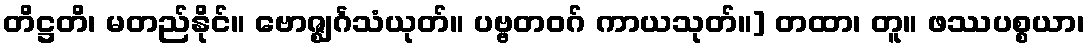
တိဋ္ဌတိ၊ မတည်နိုင်။ ဗောဇ္ဈင်္ဂသံယုတ်။ ပဗ္ဗတဝဂ် ကာယသုတ်။] တထာ၊ တူ။ ဖဿပစ္စယာ၊